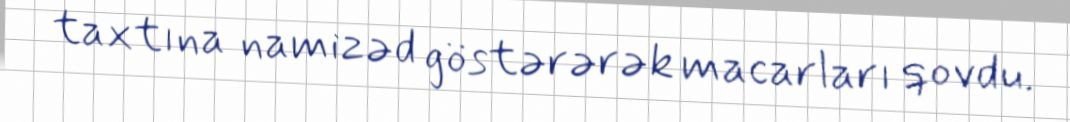
taxtına namizəd göstərərək macarları qovdu.